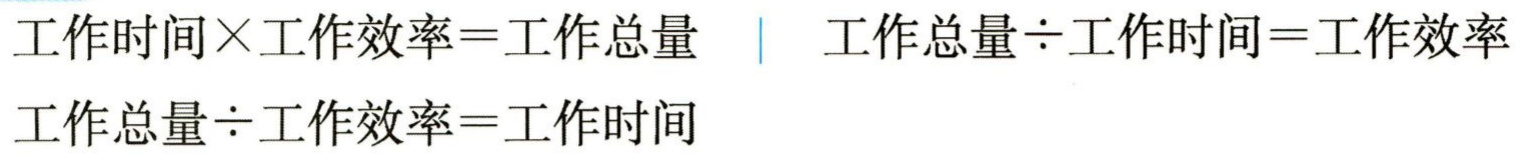
工作时间$\times$工作效率=工作总量 \| 工作总量$\div$工作时间=工作效率\\

工作总量$\div$工作效率=工作时间